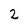
Character: 2